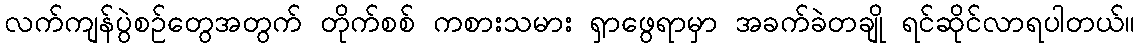
လက်ကျန်ပွဲစဉ်တွေအတွက် တိုက်စစ် ကစားသမား ရှာဖွေရာမှာ အခက်ခဲတချို ရင်ဆိုင်လာရပါတယ်။